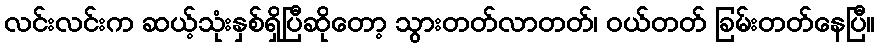
လင်းလင်းက ဆယ့်သုံးနှစ်ရှိပြီဆိုတော့ သွားတတ်လာတတ်၊ ဝယ်တတ် ခြမ်းတတ်နေပြီ။